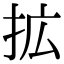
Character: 拡